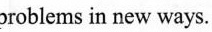
problems in new ways.